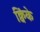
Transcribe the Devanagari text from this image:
क्विंके